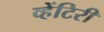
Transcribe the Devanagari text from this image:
व्हेंटिरी